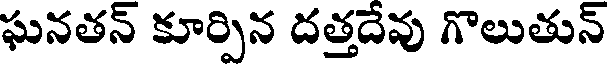
ఘనతన్ కూర్పిన దత్తదేవు గొలుతున్